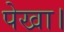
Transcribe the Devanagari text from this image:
पेखा।